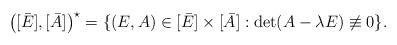
LaTeX: \begin{align*} \left([\bar E],[\bar A]\right)^{\star}=\{(E,A)\in[\bar E]\times[\bar A] : \det(A-\lambda E)\not\equiv 0\}. \end{align*}